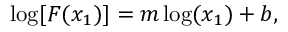
\log [ F ( x _ { 1 } ) ] = m \log ( x _ { 1 } ) + b ,